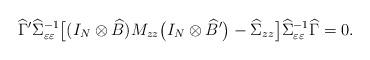
LaTeX: \begin{align*}\widehat\Gamma'\widehat\Sigma _{\varepsilon\varepsilon}^{-1}\bigl[(I_N\otimes\widehat B)M_{z z}\bigl(I_N\otimes\widehat B{}'\bigr)-\widehat\Sigma_{z z}\bigr]\widehat\Sigma_{\varepsilon\varepsilon}^{-1}\widehat\Gamma=0.\end{align*}